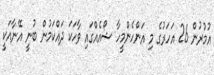
އުމުރުން 26 އަހަރުގެ މި އަންހެންމީހާ ޝޯއެއްގައި ވާހަކަ ދައްކަމުން ބުނީ އޭނާއަކީ